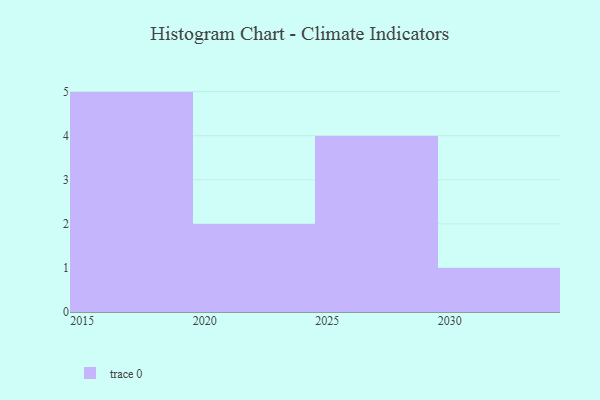
{"axis": {"x": "Year", "y": "Inventory Turnover"}, "legend": [""], "data": [{"x": "2029", "y": 20, "type": ""}, {"x": "2020", "y": 39, "type": ""}, {"x": "2017", "y": 26, "type": ""}, {"x": "2015", "y": 7, "type": ""}, {"x": "2025", "y": 86, "type": ""}, {"x": "2016", "y": 89, "type": ""}, {"x": "2019", "y": 67, "type": ""}, {"x": "2022", "y": 6, "type": ""}, {"x": "2018", "y": 43, "type": ""}, {"x": "2026", "y": 57, "type": ""}, {"x": "2030", "y": 97, "type": ""}, {"x": "2027", "y": 76, "type": ""}]}